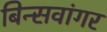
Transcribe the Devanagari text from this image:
बिन्सवांगर